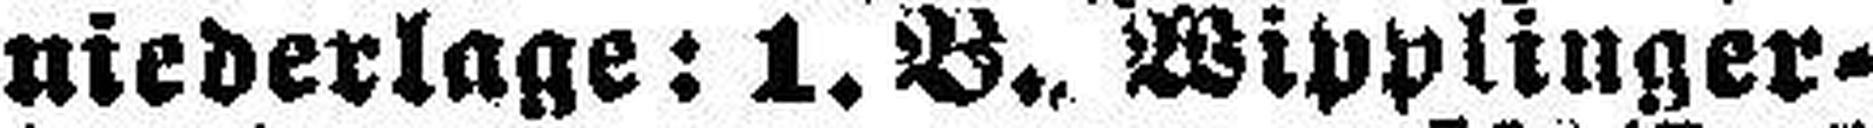
niederlage: 1. B. Wipplinger¬